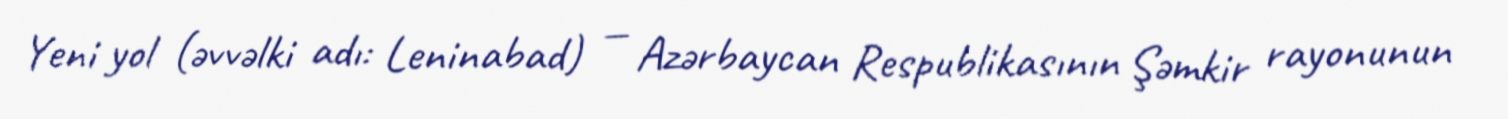
Yeni yol (əvvəlki adı: Leninabad) — Azərbaycan Respublikasının Şəmkir rayonunun